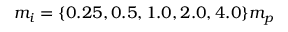
m _ { i } = \{ 0 . 2 5 , 0 . 5 , 1 . 0 , 2 . 0 , 4 . 0 \} m _ { p }